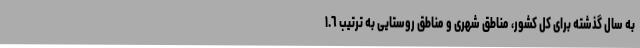
به سال گذشته برای کل کشور، مناطق شهری و مناطق روستایی به ترتیب ١.٦